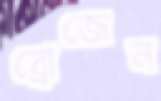
ব্রোজেন